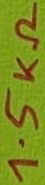
Text: 1.5KΩ